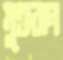
মুক্তবান